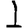
Digit: 1